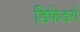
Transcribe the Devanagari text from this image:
डिफेंडरों